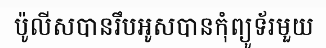
ប៉ូលីសបានរឹបអូសបានកុំព្យូទ័រមួយ